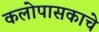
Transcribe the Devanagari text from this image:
कलोपासकाचे